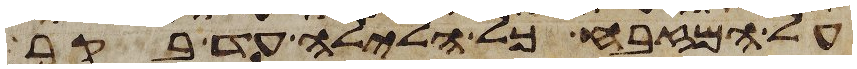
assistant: על המזבח כל הלילה עד בקר